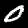
Digit: 0